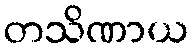
တသိဏာယ